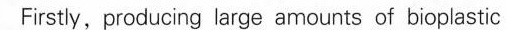
Firstly, producing large amounts of bioplastic